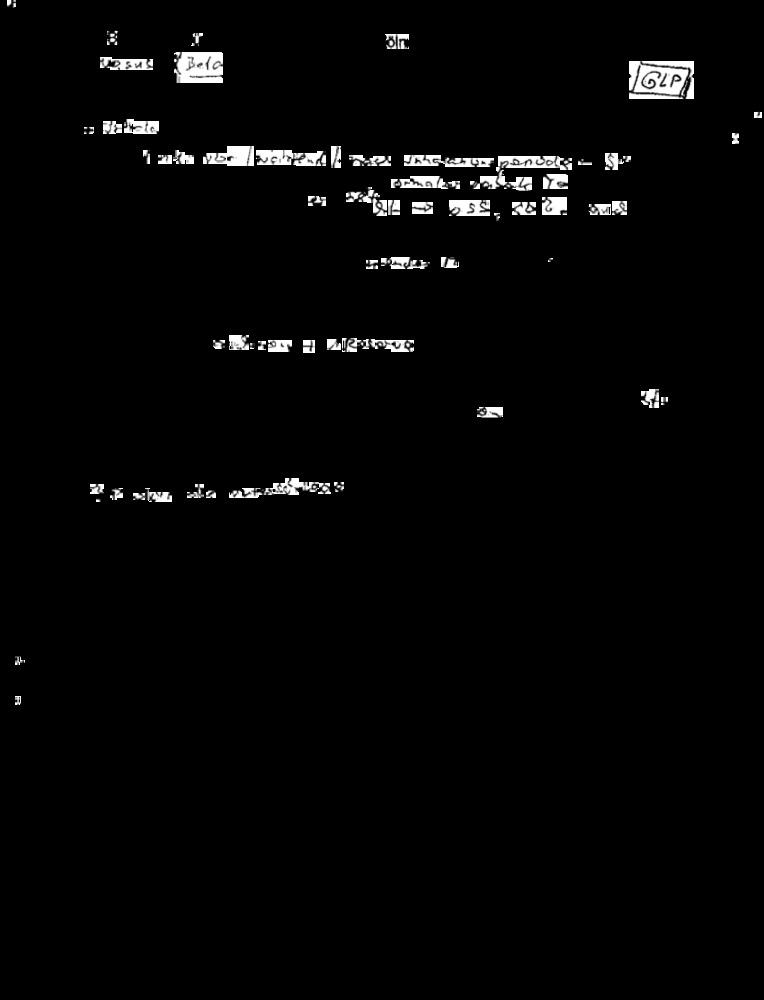
TOsus
(Belo
IGLP
R